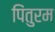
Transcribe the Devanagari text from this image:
पिंतुरम